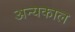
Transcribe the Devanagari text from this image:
अन्यकाल